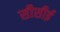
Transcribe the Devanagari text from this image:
सीसीई